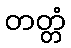
တတ္တံ